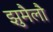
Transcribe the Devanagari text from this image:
झुमैलौ